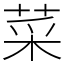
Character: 菜